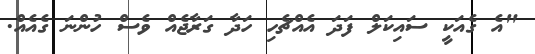
"އެ ގެއަކީ ސައިކަލް ފަދަ އެއްޗެހި ހަދާ ގަރާޖެއް ވެސް ހުންނަ ގެއެއް.